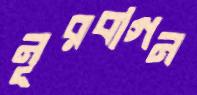
নূরবাগন